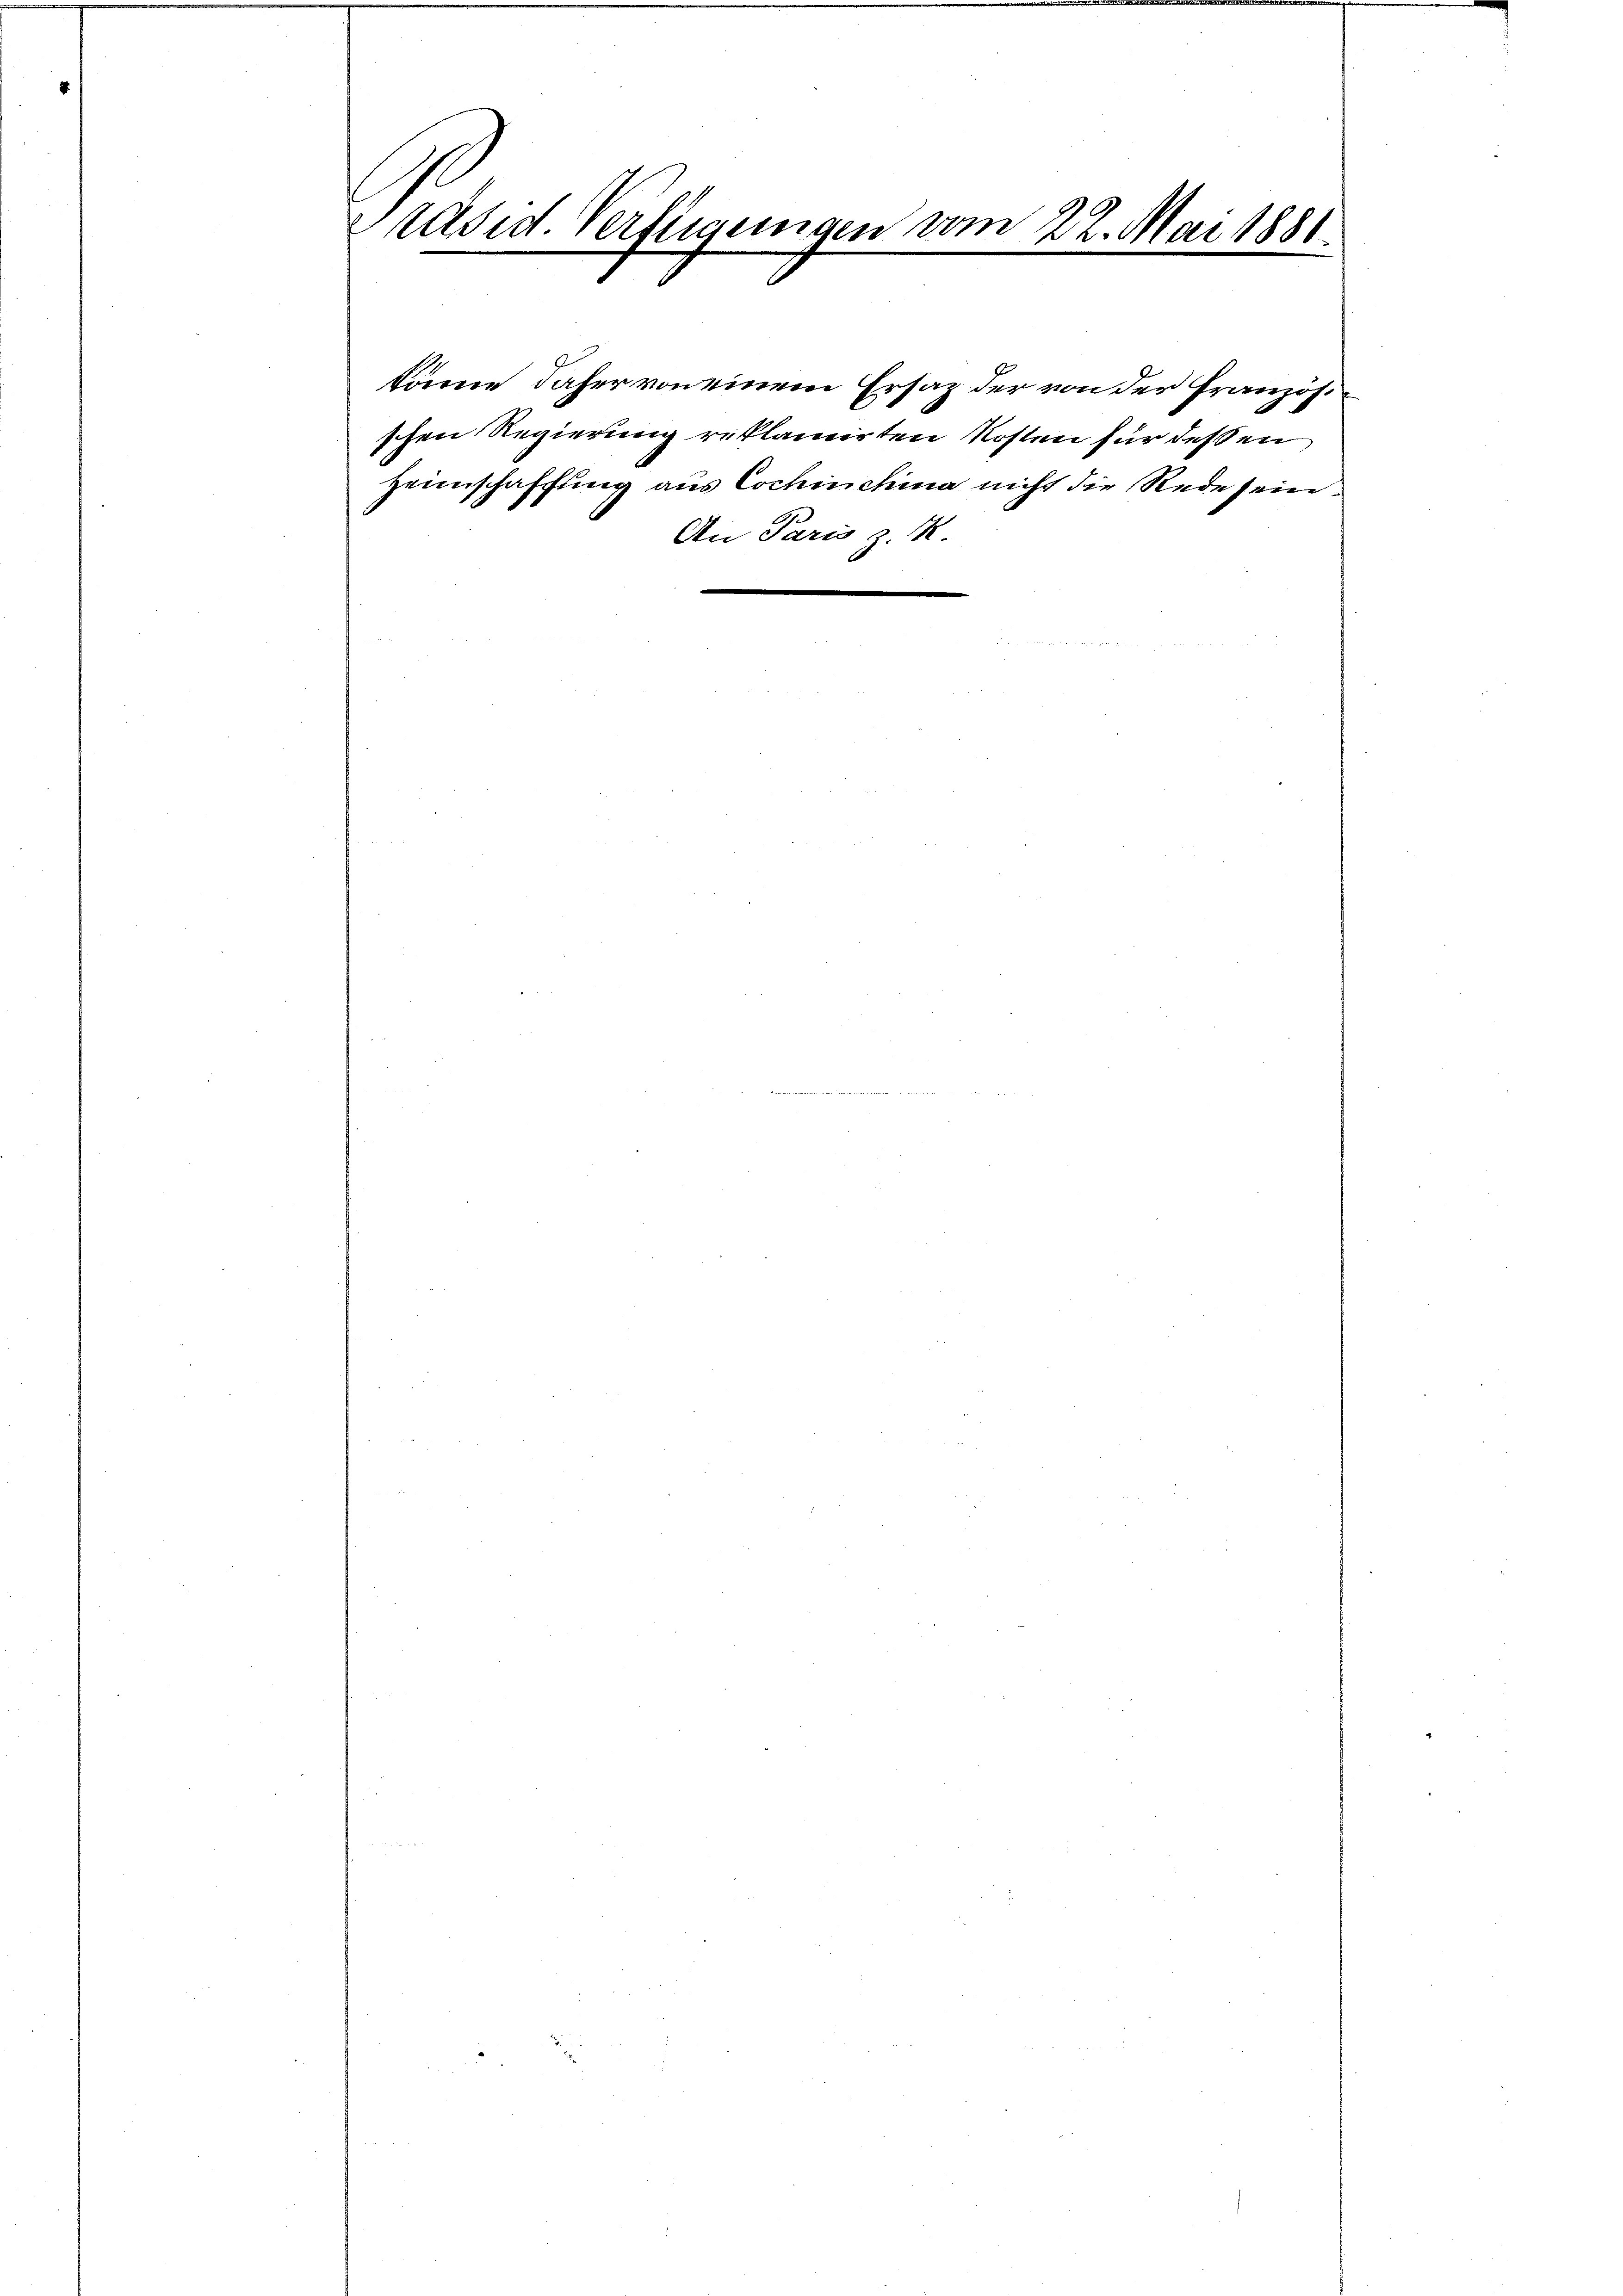
Präsid. Verlegungen vom 22. Mai 1881
.

könne daher von einem Ersaz der von der Französi
schen Regierung reklamirten Kosten für dessen
Heimschaffung aus Cochinchina nicht die Rede sein.
An Paris z. R.